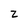
Character: z